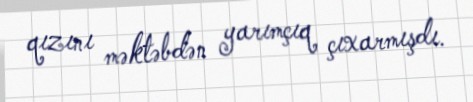
qızını məktəbdən yarımçıq çıxarmışdı.